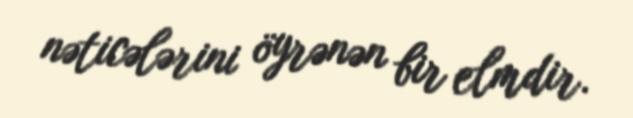
nəticələrini öyrənən bir elmdir.